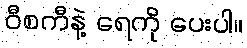
ဝီစကီနဲ့ ရေကို ပေးပါ။